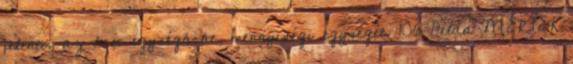
jelenti, az áru egységárát, mennyiségi egységét. 106 Példa MERTEK